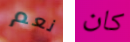
نعم كان